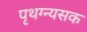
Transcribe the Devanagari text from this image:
पृथग्न्यसक